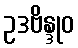
ဥဒဗိန္ဒုဝ